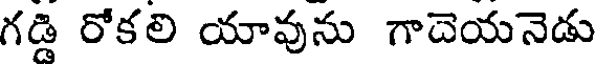
గడి రోకలి యావును గాదెయనెడు